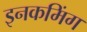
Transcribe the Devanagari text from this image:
इनकमिंग